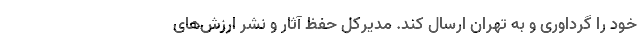
خود را گرداوری و به تهران ارسال کند. مدیرکل حفظ آثار و نشر ارزش‌های